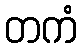
တကံ